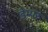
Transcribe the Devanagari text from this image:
डेम्पर